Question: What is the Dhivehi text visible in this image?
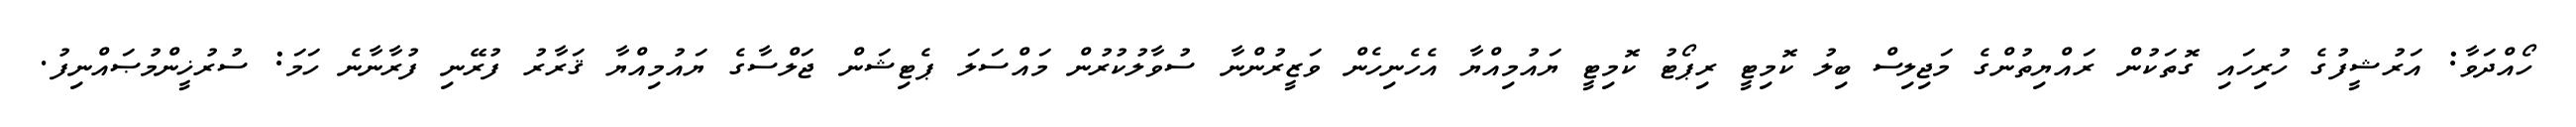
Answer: ހޯއްދަވާ: އަރުޝީފުގެ ހުރިހައި ގޮތަކުން ރައްޔިތުންގެ މަޖިލިސް ބިލު ކޮމިޓީ ރިޕޯޓު ކޮމިޓީ ޔައުމިއްޔާ އެހެނިހެން ވަޒީރުންނާ ސުވާލުކުރުން މައްސަލަ ޕެޓިޝަން ޖަލްސާގެ ޔައުމިއްޔާ ޤަރާރު ފުރޭނި ފުރާނާނެ ހަމަ: ސުރުޚީންމުޞައްނިފު.